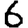
Digit: 6